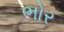
ભોર